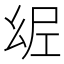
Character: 𢇀